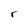
Character: r